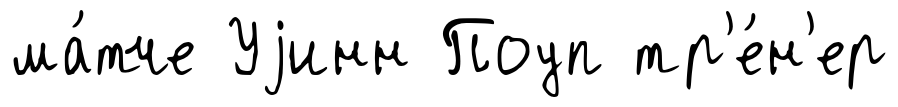
ма́тче Уjинн Поуп тр'е́н'ер